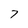
Character: 7